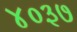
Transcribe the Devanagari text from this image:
४०३७